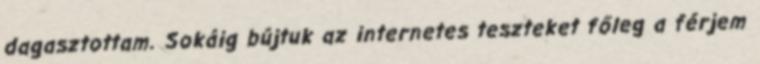
dagasztottam. Sokáig bújtuk az internetes teszteket főleg a férjem